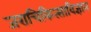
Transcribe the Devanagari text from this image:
जराचिकित्साविज्ञान